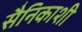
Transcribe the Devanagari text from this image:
सैनिकाशी